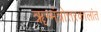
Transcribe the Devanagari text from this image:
ॠग्मंत्रोत्तरकालांत